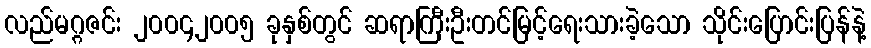
လည်မဂ္ဂဇင်း ၂၀၀၄၂၀၀၅ ခုနှစ်တွင် ဆရာကြီးဦးတင်မြင့်ရေးသားခဲ့သော သိုင်းပြောင်းပြန်နဲ့